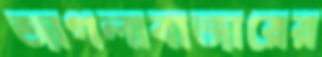
জাগলাবাজারের